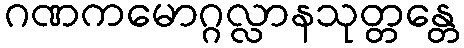
ဂဏကမောဂ္ဂလ္လာနသုတ္တန္တေ